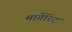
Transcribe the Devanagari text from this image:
मार्गेरिट